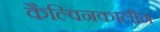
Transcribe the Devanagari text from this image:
कैल्विनकालीन